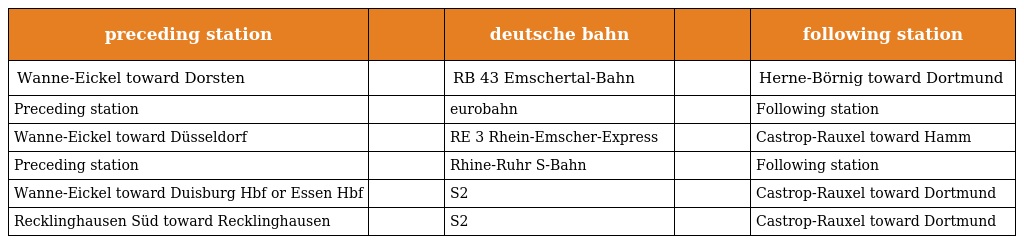
| preceding station |  | deutsche bahn |  | following station |
 | --- | --- | --- | --- | --- |
 | Wanne-Eickel toward Dorsten |  | RB 43 Emschertal-Bahn |  | Herne-Börnig toward Dortmund |
 | Preceding station |  | eurobahn |  | Following station |
 | Wanne-Eickel toward Düsseldorf |  | RE 3 Rhein-Emscher-Express |  | Castrop-Rauxel toward Hamm |
 | Preceding station |  | Rhine-Ruhr S-Bahn |  | Following station |
 | Wanne-Eickel toward Duisburg Hbf or Essen Hbf |  | S2 |  | Castrop-Rauxel toward Dortmund |
 | Recklinghausen Süd toward Recklinghausen |  | S2 |  | Castrop-Rauxel toward Dortmund |